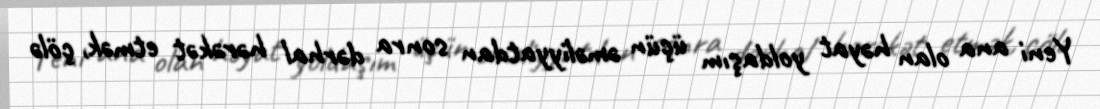
Yeni ana olan həyat yoldaşım üçün əməliyyatdan sonra dərhal hərəkət etmək, çölə